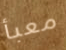
معبأ